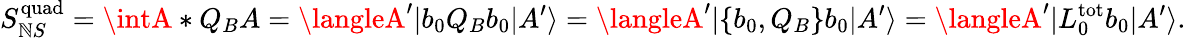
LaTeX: S_{\mathbb{N}S}^{\mathrm{{quad}}}=\intA*Q_{B}A=\langleA^{\prime}|b_{0}Q_{B}b_{0}|A^{\prime}\rangle=\langleA^{\prime}|\{ b_{0},Q_{B}\} b_{0}|A^{\prime}\rangle=\langleA^{\prime}|L_{0}^{\mathrm{{tot}}}b_{0}|A^{\prime}\rangle.